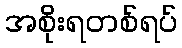
အစိုးရတစ်ရပ်